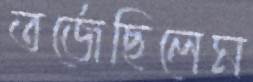
তর্জেছিলেম